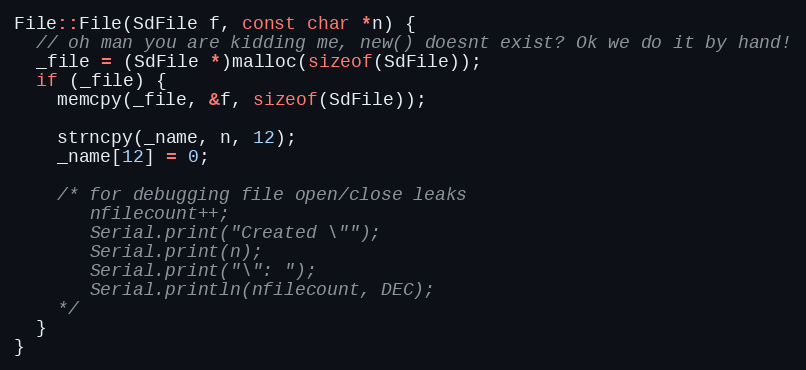
Language: C++
File::File(SdFile f, const char *n) {
  // oh man you are kidding me, new() doesnt exist? Ok we do it by hand!
  _file = (SdFile *)malloc(sizeof(SdFile));
  if (_file) {
    memcpy(_file, &f, sizeof(SdFile));

    strncpy(_name, n, 12);
    _name[12] = 0;

    /* for debugging file open/close leaks
       nfilecount++;
       Serial.print("Created \"");
       Serial.print(n);
       Serial.print("\": ");
       Serial.println(nfilecount, DEC);
    */
  }
}